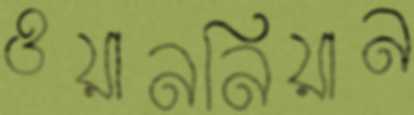
ওয়াননিয়ান